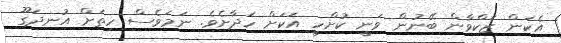
އެކަން ޒަކްވާން ބޭނުން ވަނީ ކުށްހީ އަކަށް ހަދާށެވެ. ނަމަވެސް ހިތަށް އުނދަގޫ